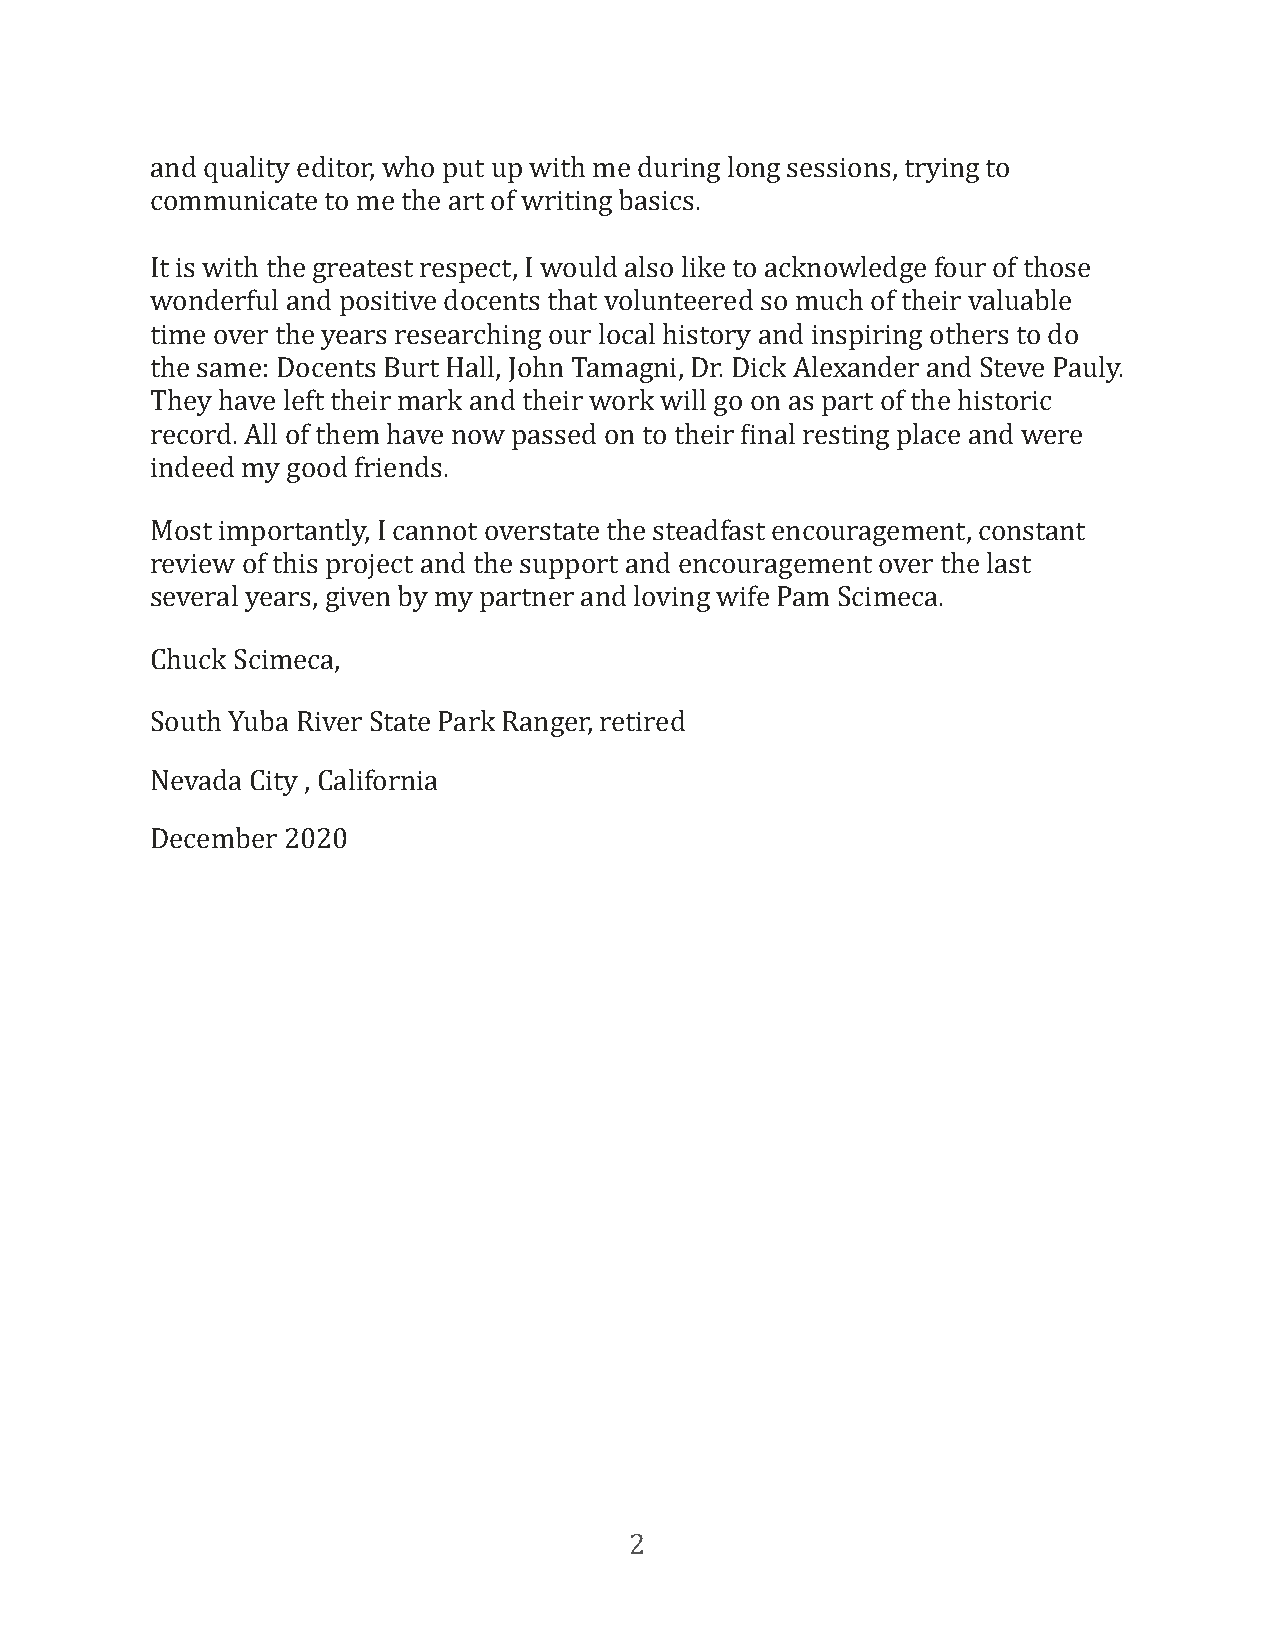
and quality editor, who put up with me during long sessions, trying to
 communicate to me the art of writing basics.
 It is with the greatest respect, I would also like to acknowledge four of those
 wonderful and positive docents that volunteered so much of their valuable
 time over the years researching our local history and inspiring others to do
 the same: Docents Burt Hall, John Tamagni, Dr. Dick Alexander and Steve Pauly.
 They have left their mark and their work will go on as part of the historic
 record. All of them have now passed on to their Final resting place and were
 indeed my good friends.
 Most importantly, I cannot overstate the steadfast encouragement, constant
 review of this project and the support and encouragement over the last
 several years, given by my partner and loving wife Pam Scimeca.
 Chuck Scimeca,
 South Yuba River State Park Ranger, retired
 Nevada City , California
 December 2020
 2